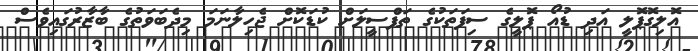
އޮލިގޮޕޮލީ އަދި ޑުއޯ ޕޮލީގެ ސިފަތަކުގެ ތަފްސީލަށް ކުޑަކޮށް ޖެހިލާނަމަ މިދެބަވަތުގެ ބާޒާރުގައިވެސް